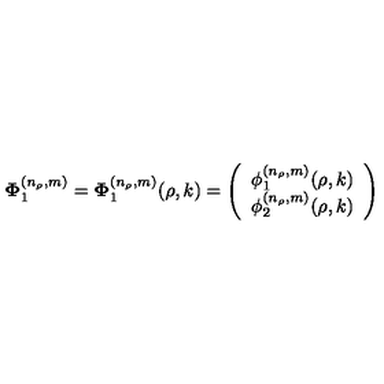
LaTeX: { \bf \Phi } _ { 1 } ^ { ( n _ { \rho } , m ) } = { \bf \Phi } _ { 1 } ^ { ( n _ { \rho } , m ) } ( \rho , k ) = \left( \begin{array} { c } { \phi _ { 1 } ^ { ( n _ { \rho } , m ) } ( \rho , k ) } \\ { \phi _ { 2 } ^ { ( n _ { \rho } , m ) } ( \rho , k ) } \\ \end{array} \right)